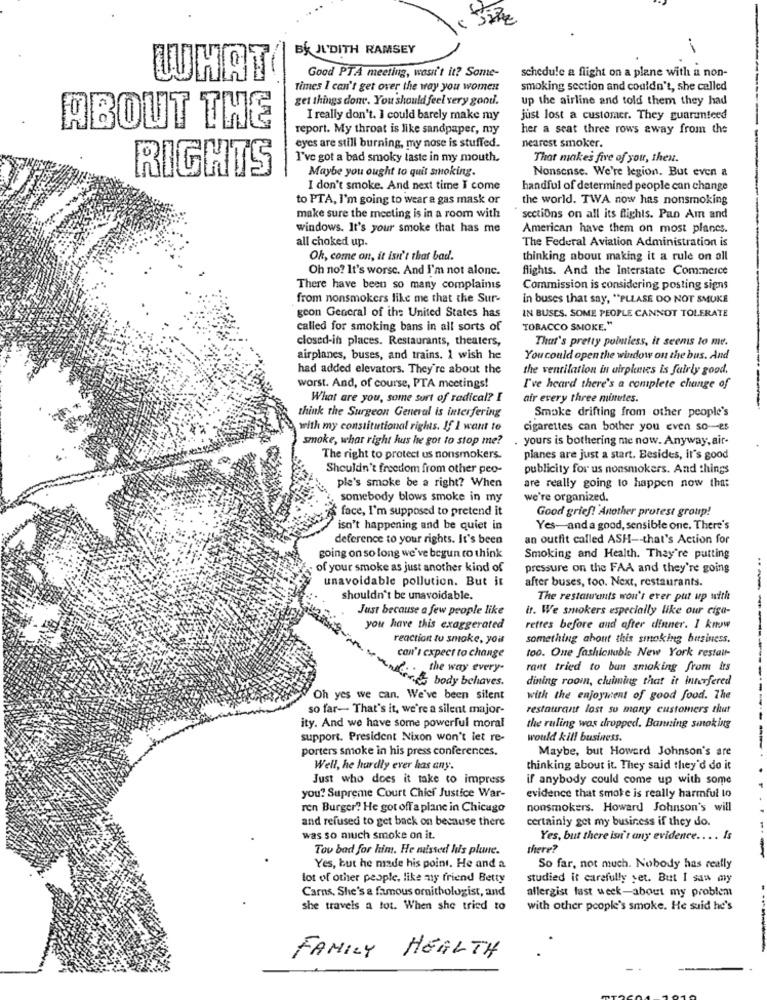
BY JUDITH RAMSEY
Good PTA meeting, wasn't it? Some-
schedule a flight on a plane with a non-
WHAT
Times I can't get over the way you women
smoking section and couldn't, she celled
get things done. You should feel very good.
up the airline and told them they had
I really don't. I could barely make my
just lost a customer. They guaranteed
ABOUT THE
report. My throat is like sandpaper, my
her a seat three rows away from the
nearest smoker.
eyes are still burning, my nose is stuffed.
I've got a bad smoky taste in my mouth.
That makes five of you, then.
Maybe you ought to quit smoking.
Nonsense. We're legion. But even a
RIGHTS
I don't smoke. And next time I come
handful of determined people can change
to PTA, I'm going to wear a gas mask or
the world. TWA now has nonsmoking
make sure the meeting is in a room with
sections on all its flights. Pan Am and
windows. It's your smoke that has me
American have them on most plancs.
all choked up.
The Federal Aviation Administration is
Oh, come on, it isn't that bad.
thinking about making it a rule on all
Oh no? It's worse. And I'm not alone.
flights. And the Interstate Commerce
There have been so many complainis
Commission is considering posting signs
from nonsmokers like me that the Sur-
in buses that say, "PLEASE DO NOT SMOKE
IN BUSES. SOME PEOPLE CANNOT TOLERATE
gcon General of the United States has
called for smoking bans in all sorts of
TOBACCO SMOKE."
closed-in places. Restaurants, theaters,
That's pretty pobutless, it seems to me.
airplanes, buses, and trains. 1 wish he
You could open the window on the bus. And
had added elevators. They're about the
the ventilation in airpluies is fairly good.
worst. And, of course, PTA meetings!
I've heard there's a complete change of
What are you, some sort of radical? I
air every three minutes.
think the Surgeon General is interfering
Smoke drifting from other people's
with my constitutional rights. If I want to
cigarettes can bother you even so-es
smoke, whar right hus he got to stop me?
. yours is bothering me now. Anyway, air-
The right to protect us nonsmokers.
planes are just a start. Besides, it's good
Shouldn't freedom from other peo-
publicity for us nonsmokers. And things
ple's smoke be a right? When
are really going to happen now that
somebody blows smoke in my
we're organized.
'S face, I'm supposed to pretend it
Good grief! Another protest group!
isn't happening and be quiet in
Yes-and a good, sensible one. There's
deference to your rights. It's been
an outfit called ASH -- that's Action for
going on so long we've begun to think
Smoking and Health. They're putting
of your smoke as just another kind of
pressure on the FAA and they're going
unavoidable pollution. But it
after buses, too. Next, restaurants.
shouldn't be unavoidable.
The restatuents won't ever put up with
Just because a few people like
it. We smokers especially like our ciga-
you have this exaggerated
rettes before and after dinner. I know
reaction tu smoke, you
something about this smoking business.
can't expect to change
too. One fashictable New York restaur-
. the way every-
rant tried to ban smoking from its
Ger& body behaves.
dining room, claiming that it interfered
Oh yes we can. We've been silent
with the enjoyment of good food. The
so far- That's it, we're a silent major-
restaurant lost so many customers thut
ity. And we have some powerful moral
the ruling was dropped. Banning smoking
support. President Nixon won't let re-
would kill business.
porters smoke in his press conferences.
Maybe, but Howard Johnson's are
Well, he hardly ever has any.
thinking about it. They said they'd do it
Just who does it take to impress
if anybody could come up with some
you? Supreme Court Chief Justice War-
evidence that smoke is really harmful to
ren Burger? He got off a plane in Chicago
nonsmokers. Howard Johnson's will
and refused to get back on because there
certainly get my business if they do.
was so much smoke on it.
Yes, but there isn't any evidence .. .. Is
Tov bad for him. He missed his plane.
there?
-
Yes, but he made his point. He and a
So far, not much. Nobody has really
lot of other people, like my friend Betty
studied it carefully yet. But I saw my
Carns. She's a famous ornithologist, and
allergist last week-about my problem
she travels a tot. When she tried to
with other people's smoke. He suid he's
FAMILY HEALTH